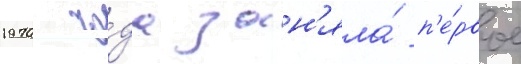
1970 го́да зан'яла́ п'е́рвое